Rangoon Lunatic Asylum 1893-1897 - 1893-1897
Year: 1893
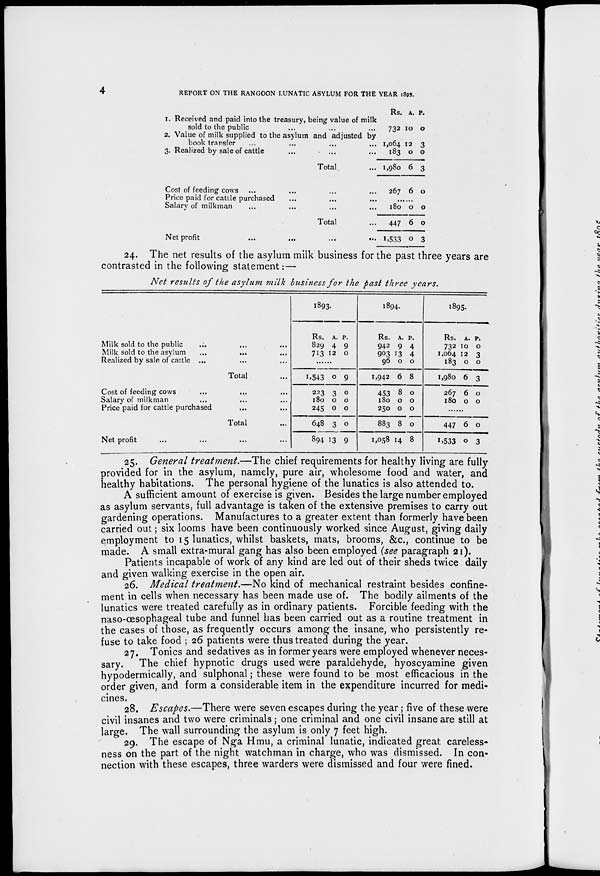
4
REPORT ON THE RANGOON LUNATIC ASYLUM FOR THE YEAR 1895.
1. Received and paid into the treasury, being value of milk
sold to the public ... ... ...
2. Value of milk supplied to the asylum and adjusted by
book transfer ... ... ... ...
3. Realized by sale of cattle ... ... ...
Total ...
Cost of feeding cows ... ... ... ...
Price paid for cattle purchased ... ... ...
Salary of milkman ... ... ... ...
Total ...
Net profit
...
...
...
...
Rs.
732
1,064
183
1,980
267
A.
10
12
0
6
6
P.
0
3
0
3
0
......
180
447
1,533
0
6
0
0
0
3
24. The net results of the asylum milk business for the past three years are
contrasted in the following statement:—
Net results of the asylum milk business for the past three years.
Milk sold to the public ... ... ...
Milk sold to the asylum
...
... ...
Realized by sale of cattle ... ... ...
Total ...
Cost of feeding cows
...
... ...
Salary of milkman
...
... ...
Price paid for cattle purchased ... ...
Total ...
Net profit ... ... ... ...
1893.
Rs.
829
713
A.
4
12
P.
9
0
......
1,543
223
180
245
648
894
0
3
0
0
3
13
9
0
0
0
0
9
1894.
Rs.
942
903
96
1,942
453
180
250
883
1,058
A.
9
13
0
6
8
0
0
8
14
P.
4
4
0
8
0
0
0
0
8
1895.
Rs.
732
1,064
183
1,980
267
180
A.
10
12
0
6
6
0
P.
0
3
0
3
0
0
......
447
1,533
6
0
0
3
25. General treatment.—The chief requirements for healthy living are fully
provided for in the asylum, namely, pure air, wholesome food and water, and
healthy habitations. The personal hygiene of the lunatics is also attended to.
A sufficient amount of exercise is given. Besides the large number employed
as asylum servants, full advantage is taken of the extensive premises to carry out
gardening operations. Manufactures to a greater extent than formerly have been
carried out; six looms have been continuously worked since August, giving daily
employment to 15 lunatics, whilst baskets, mats, brooms, &c., continue to be
made. A small extra-mural gang has also been employed (see paragraph 21).
Patients incapable of work of any kind are led out of their sheds twice daily
and given walking exercise in the open air.
26. Medical treatment.—No kind of mechanical restraint besides confine-
ment in cells when necessary has been made use of. The bodily ailments of the
lunatics were treated carefully as in ordinary patients. Forcible feeding with the
naso-œsophageal tube and funnel has been carried out as a routine treatment in
the cases of those, as frequently occurs among the insane, who persistently re-
fuse to take food ; 26 patients were thus treated during the year.
27. Tonics and sedatives as in former years were employed whenever neces-
sary. The chief hypnotic drugs used were paraldehyde, hyoscyamine given
hypodermically, and sulphonal; these were found to be most efficacious in the
order given, and form a considerable item in the expenditure incurred for medi-
cines.
28. Escapes.—There were seven escapes during the year ; five of these were
civil insanes and two were criminals; one criminal and one civil insane are still at
large. The wall surrounding the asylum is only 7 feet high.
29. The escape of Nga Hmu, a criminal lunatic, indicated great careless-
ness on the part of the night watchman in charge, who was dismissed. In con-
nection with these escapes, three warders were dismissed and four were fined.